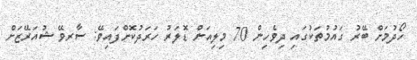
ހޯދުމަށް ބޭރު ގައުމުތަކުގައި ދިވެހިން 70 މިލިއަން ޑޮލަރު ހަރަދުކޮށްފައިވޭ: ސާރވޭ ޝުއަރޭޒަށް